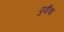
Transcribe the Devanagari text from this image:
पुर्वीचा